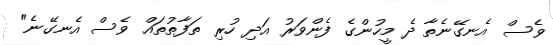
ވެސް އެނގޭނެތާ ދެ މީހުންގެ ފެންވަރު އަދި ހުރި ތަފާތުތައް ވެސް އެނގޭނެ"